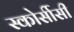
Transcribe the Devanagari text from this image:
स्कोर्सीसी